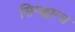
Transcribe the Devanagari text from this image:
सिन्द्धान्त